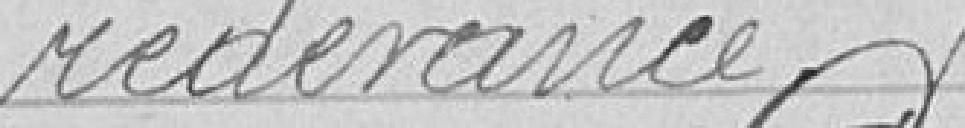
redevance